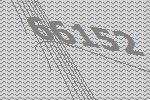
66152